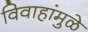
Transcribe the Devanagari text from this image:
विवाहांमुळे